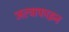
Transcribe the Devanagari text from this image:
अल्ट्राफाइन